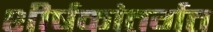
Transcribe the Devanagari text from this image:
शीर्षकांतर्गत